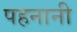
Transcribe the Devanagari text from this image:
पहनानी